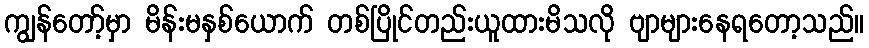
ကျွန်တော့်မှာ မိန်းမနှစ်ယောက် တစ်ပြိုင်တည်းယူထားမိသလို ဗျာများနေရတော့သည်။